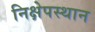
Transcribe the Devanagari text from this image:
निक्षेपस्थान